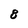
Character: 8